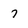
Character: 7